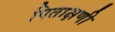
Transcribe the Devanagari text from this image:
पिताक्षणी